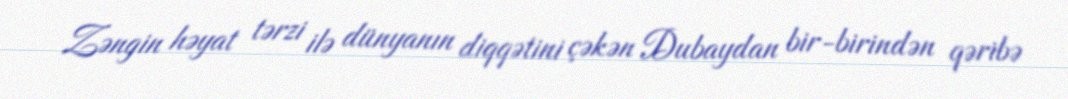
Zəngin həyat tərzi ilə dünyanın diqqətini çəkən Dubaydan bir-birindən qəribə